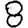
Digit: 8